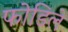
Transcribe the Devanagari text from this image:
फोडिले